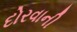
દોરવાની